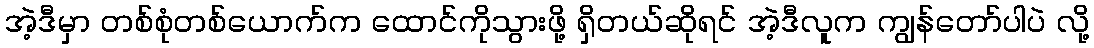
အဲ့ဒီမှာ တစ်စုံတစ်ယောက်က ထောင်ကိုသွားဖို့ ရှိတယ်ဆိုရင် အဲ့ဒီလူက ကျွန်တော်ပါပဲ လို့